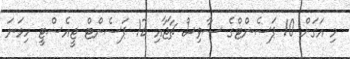
މި އަގަށް 10 ޕަސެންޓްގެ ސާވިސް ޗާޖާއި 12 ޕަސެންޓް ޖީއެސްޓީ ހިމަނަ